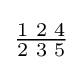
{\tfrac {1\,\,2\,\,4}{2\,\,3\,\,5}}